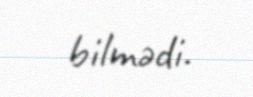
bilmədi.